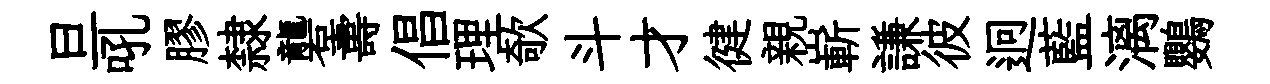
旦吼膠隸礱夀倡理欹斗才徤親嶄謙彼迥藍漓鸚